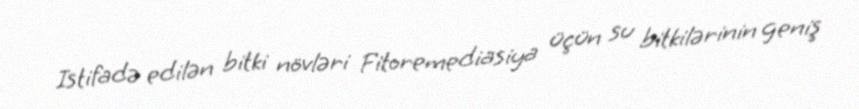
Istifadə edilən bitki növləri Fitoremediasiya üçün su bitkilərinin geniş